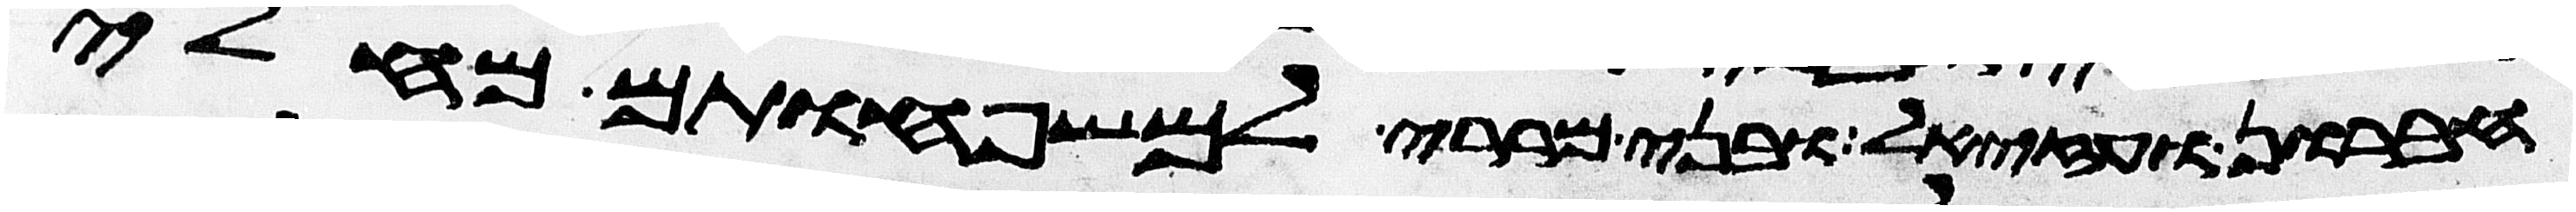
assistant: חברון ועזיאל ובני מררי למשפחותם מחלי